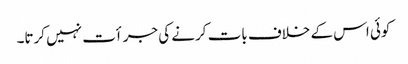
کوئی اس کے خلاف بات کرنے کی جرأت نہیں کرتا۔